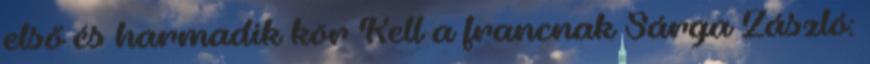
első és harmadik kör Kell a francnak Sárga Zászló: